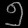
Digit: ၅